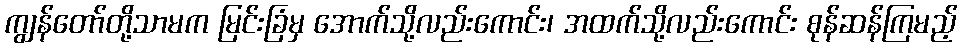
ကျွန်တော်တို့သာမက မြင်းခြံမှ အောက်သို့လည်းကောင်း၊ အထက်သို့လည်းကောင်း စုန်ဆန်ကြမည့်